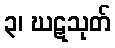
၃၊ ဃဋသုတ်